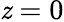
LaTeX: \mathit{z}=0